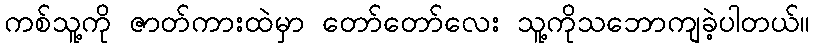
ကစ်သူ့ကို ဇာတ်ကားထဲမှာ တော်တော်လေး သူ့ကိုသဘောကျခဲ့ပါတယ်။